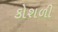
કોશળી